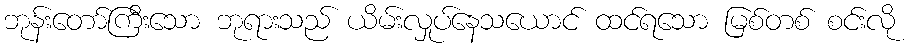
ဘုန်းတော်ကြီးသော ဘုရားသည် ယိမ်းလှုပ်နေသယောင် ထင်ရသော မြစ်တစ် စင်းလို